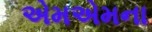
એમએમના